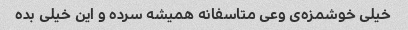
خیلی خوشمزه‌ی وعی متاسفانه همیشه سرده و این خیلی بده